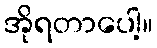
အိုရတာပေါ့။